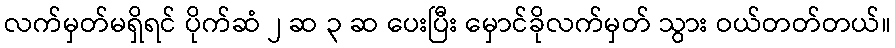
လက်မှတ်မရှိရင် ပိုက်ဆံ ၂ ဆ ၃ ဆ ပေးပြီး မှောင်ခိုလက်မှတ် သွား ဝယ်တတ်တယ်။